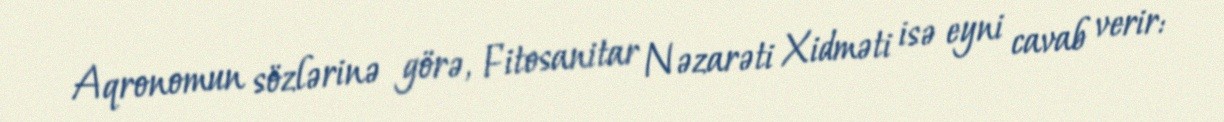
Aqronomun sözlərinə görə, Fitosanitar Nəzarəti Xidməti isə eyni cavab verir: